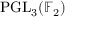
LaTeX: \mathrm { P G L } _ { 3 } ( \mathbb { F } _ { 2 } )